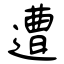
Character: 遭